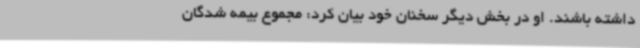
داشته باشند. او در بخش دیگر سخنان خود بیان کرد: مجموع بیمه شدگان